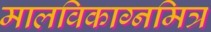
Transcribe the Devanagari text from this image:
मालविकाग्नमित्र